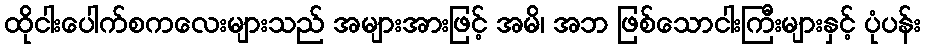
ထိုငါးပေါက်စကလေးများသည် အများအားဖြင့် အမိ၊ အဘ ဖြစ်သောငါးကြီးများနှင့် ပုံပန်း